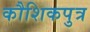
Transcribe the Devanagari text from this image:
कौशिकपुत्र